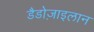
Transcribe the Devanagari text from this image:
डैडोज़ाइलान